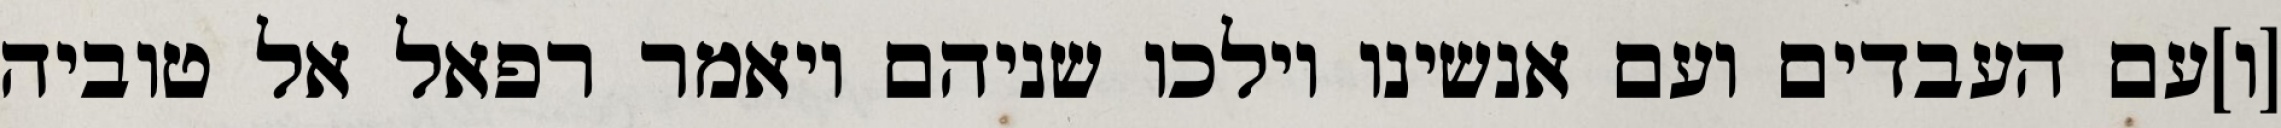
[ו]עם העבדים ועם אנשינו וילכו שניהם ויאמר רפאל אל טוביה